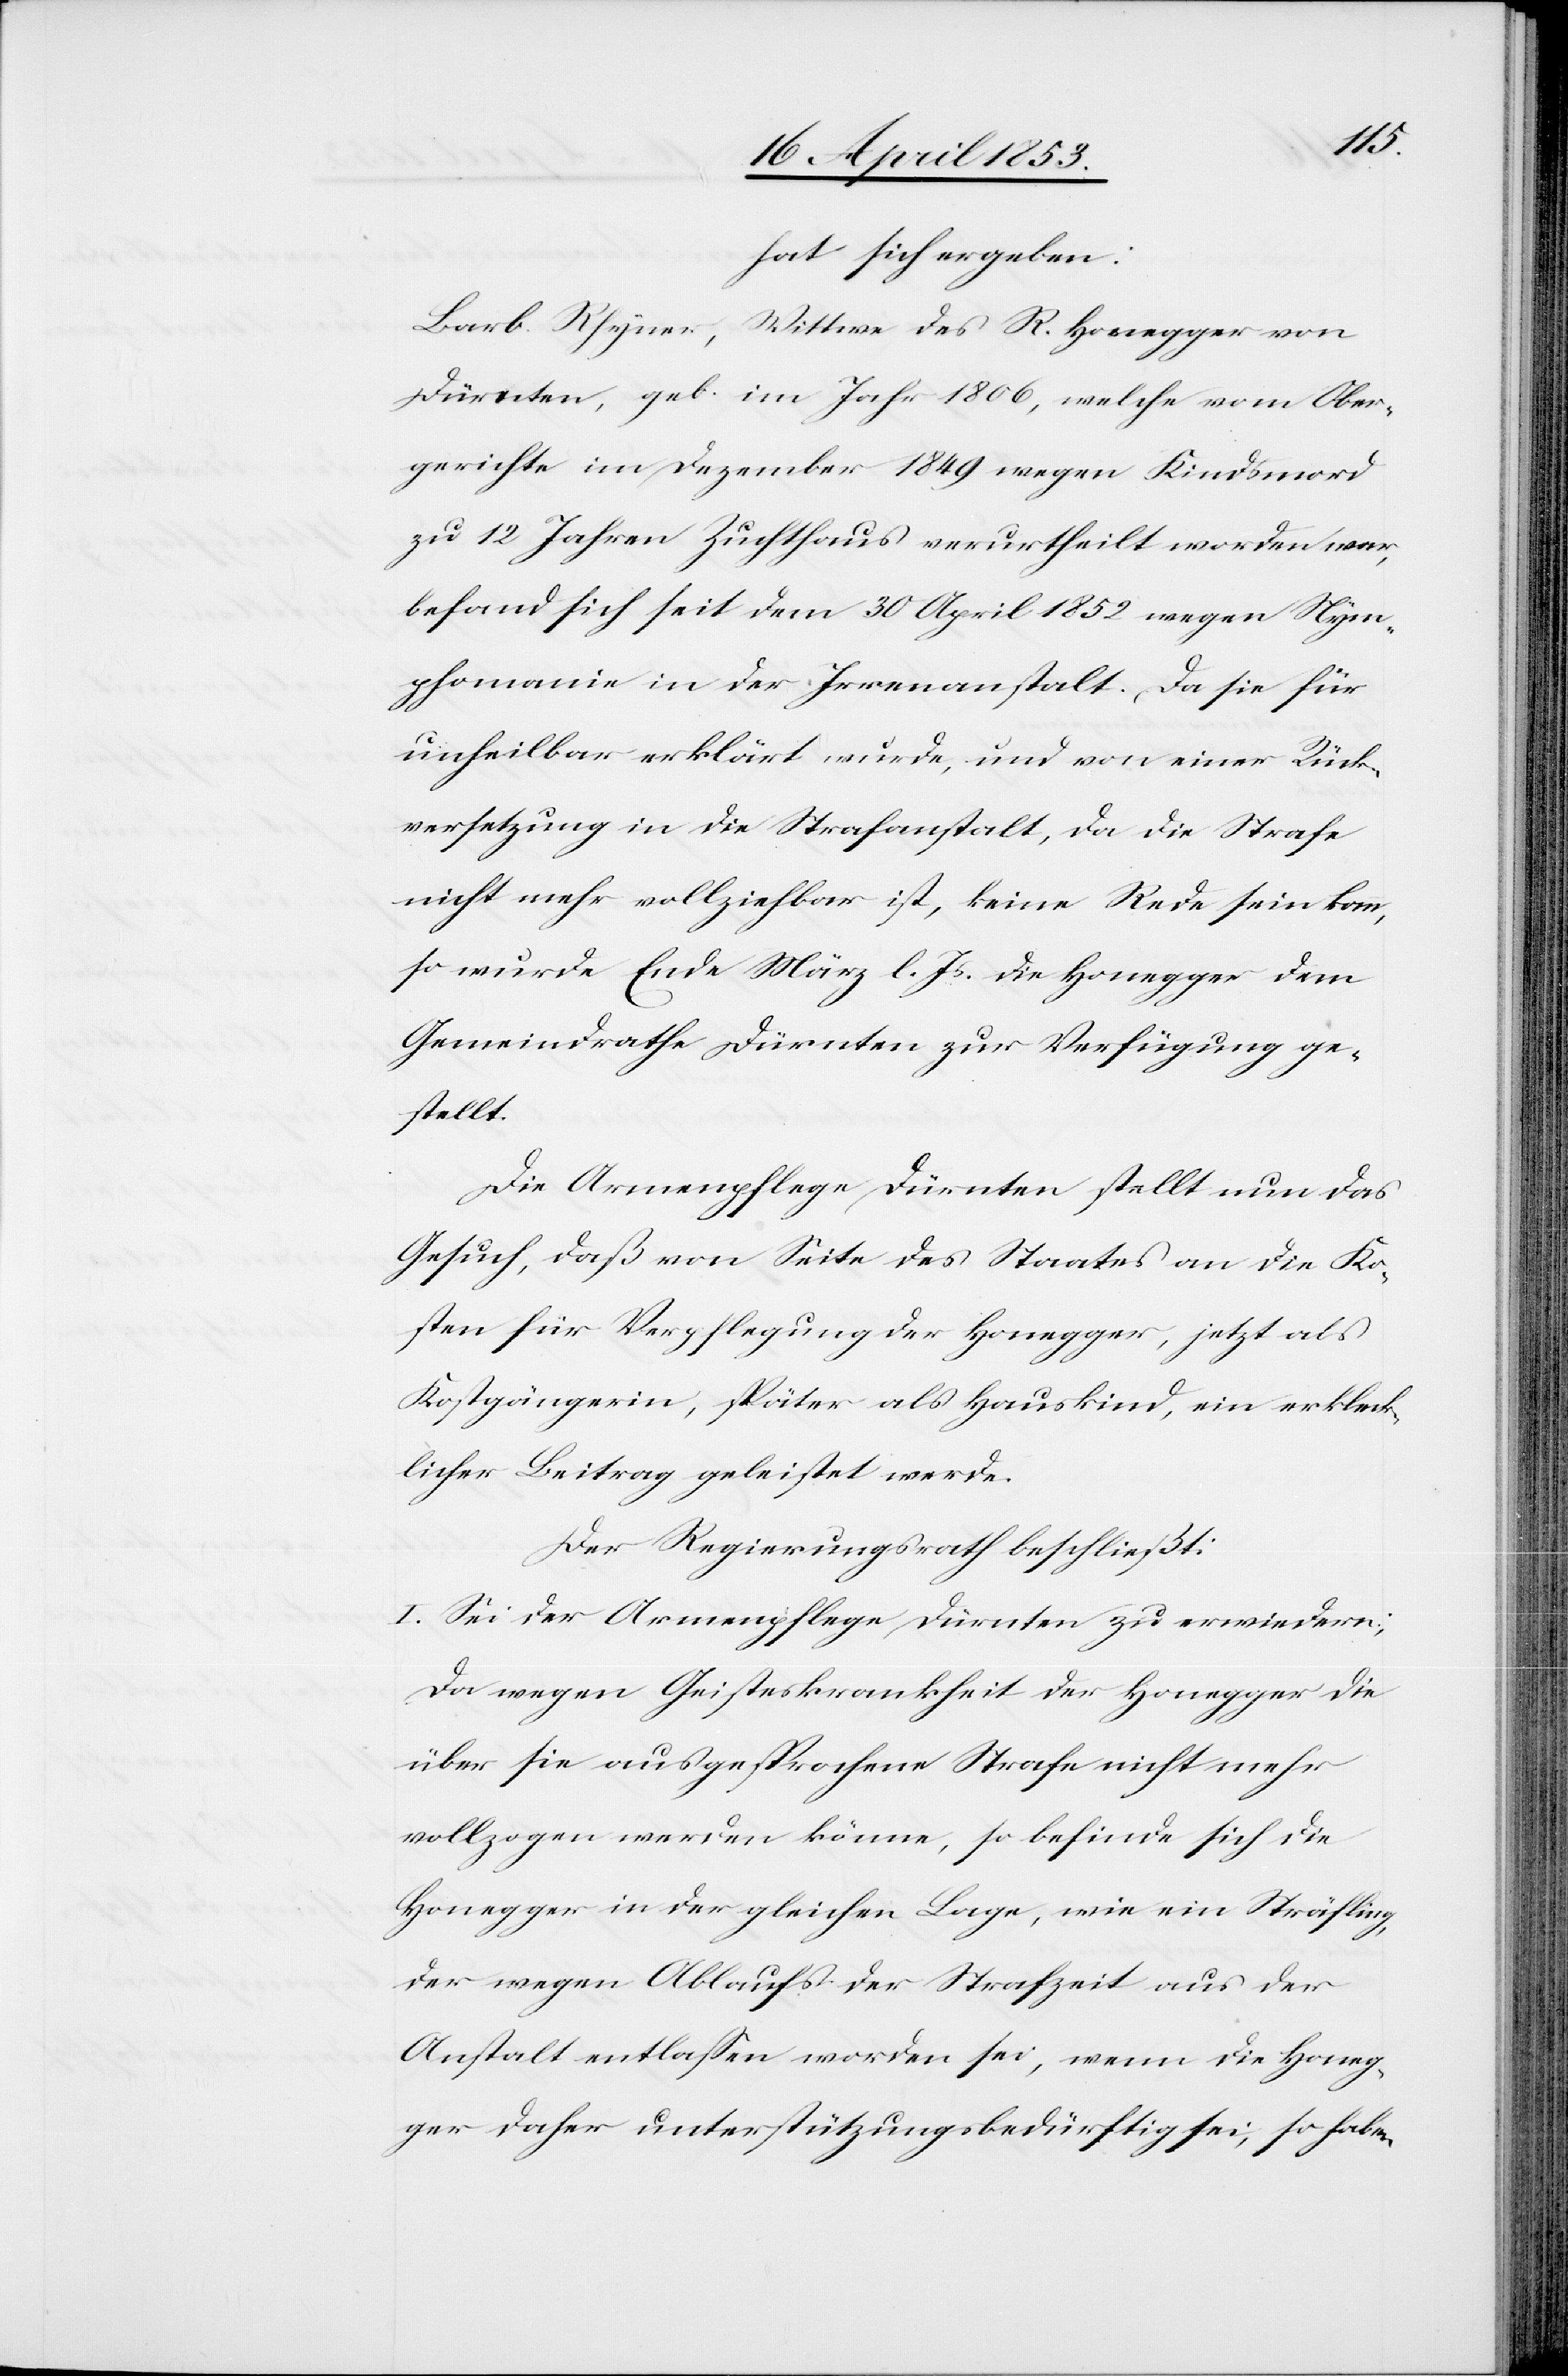
hat sich ergeben:
Barb. Rhyner, Wittwe des R. Honegger von
Dürnten, geb. im Jahr 1806, welche vom Ober¬
gerichte im Dezember 1849 wegen Kindsmord
zu 12 Jahren Zuchthaus verurtheilt worden war,
befand sich seit dem 30 April 1852 wegen Nym¬
phomanie in der Irrenanstalt. Da sie für
unheilbar erklärt wurde, und von einer Rück¬
versetzung in die Strafanstalt, da die Strafe
nicht mehr vollziehbar ist, keine Rede sein kann,
so wurde Ende März l. Js. die Honegger dem
Gemeindrathe Dürnten zur Verfügung ge¬
stellt.
Die Armenpflege Dürnten stellt nun das
Gesuch, daß von Seite des Staates an die Ko¬
sten für Verpflegung der Honegger, jetzt als
Kostgängerin, später als Hauskind, ein erkleck¬
licher Beitrag geleistet werde.
Der Regierungsrath beschließt:
I. Sei der Armenpflege Dürnten zu erwiedern;
Da wegen Geisteskrankheit der Honegger die
über sie ausgesprochene Strafe nicht mehr
vollzogen werden könne, so befinde sich die
Honegger in der gleichen Lage, wie ein Sträfling,
der wegen Ablaufs der Strafzeit aus der
Anstalt entlaßen worden sei, wenn die Honeg¬
ger daher unterstützungsbedürftig sei, so haben